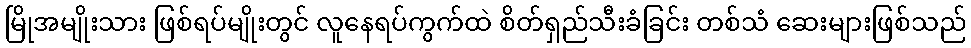
မြိုအမျိုးသား ဖြစ်ရပ်မျိုးတွင် လူနေရပ်ကွက်ထဲ စိတ်ရှည်သီးခံခြင်း တစ်သံ ဆေးများဖြစ်သည်